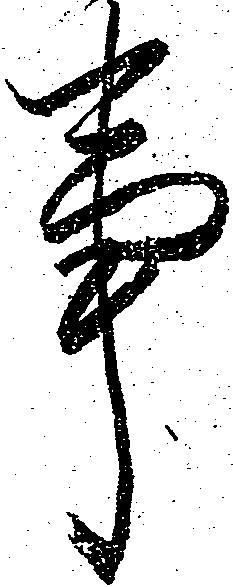
事